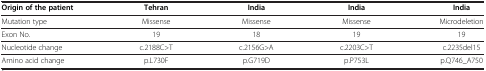
<table><thead><tr><td><b>Origin of the patient</b></td><td><b>Tehran</b></td><td><b>India</b></td><td><b>India</b></td><td><b>India</b></td></tr></thead><tbody><tr><td>Mutation type</td><td>Missense</td><td>Missense</td><td>Missense</td><td>Microdeletion</td></tr><tr><td>Exon No.</td><td>19</td><td>18</td><td>19</td><td>19</td></tr><tr><td>Nucleotide change</td><td>c.2188C&gt;T</td><td>c.2156G&gt;A</td><td>c.2203C&gt;T</td><td>c.2235del15</td></tr><tr><td>Amino acid change</td><td>p.L730F</td><td>p.G719D</td><td>p.P753L</td><td>p.Q746_A750</td></tr></tbody></table>